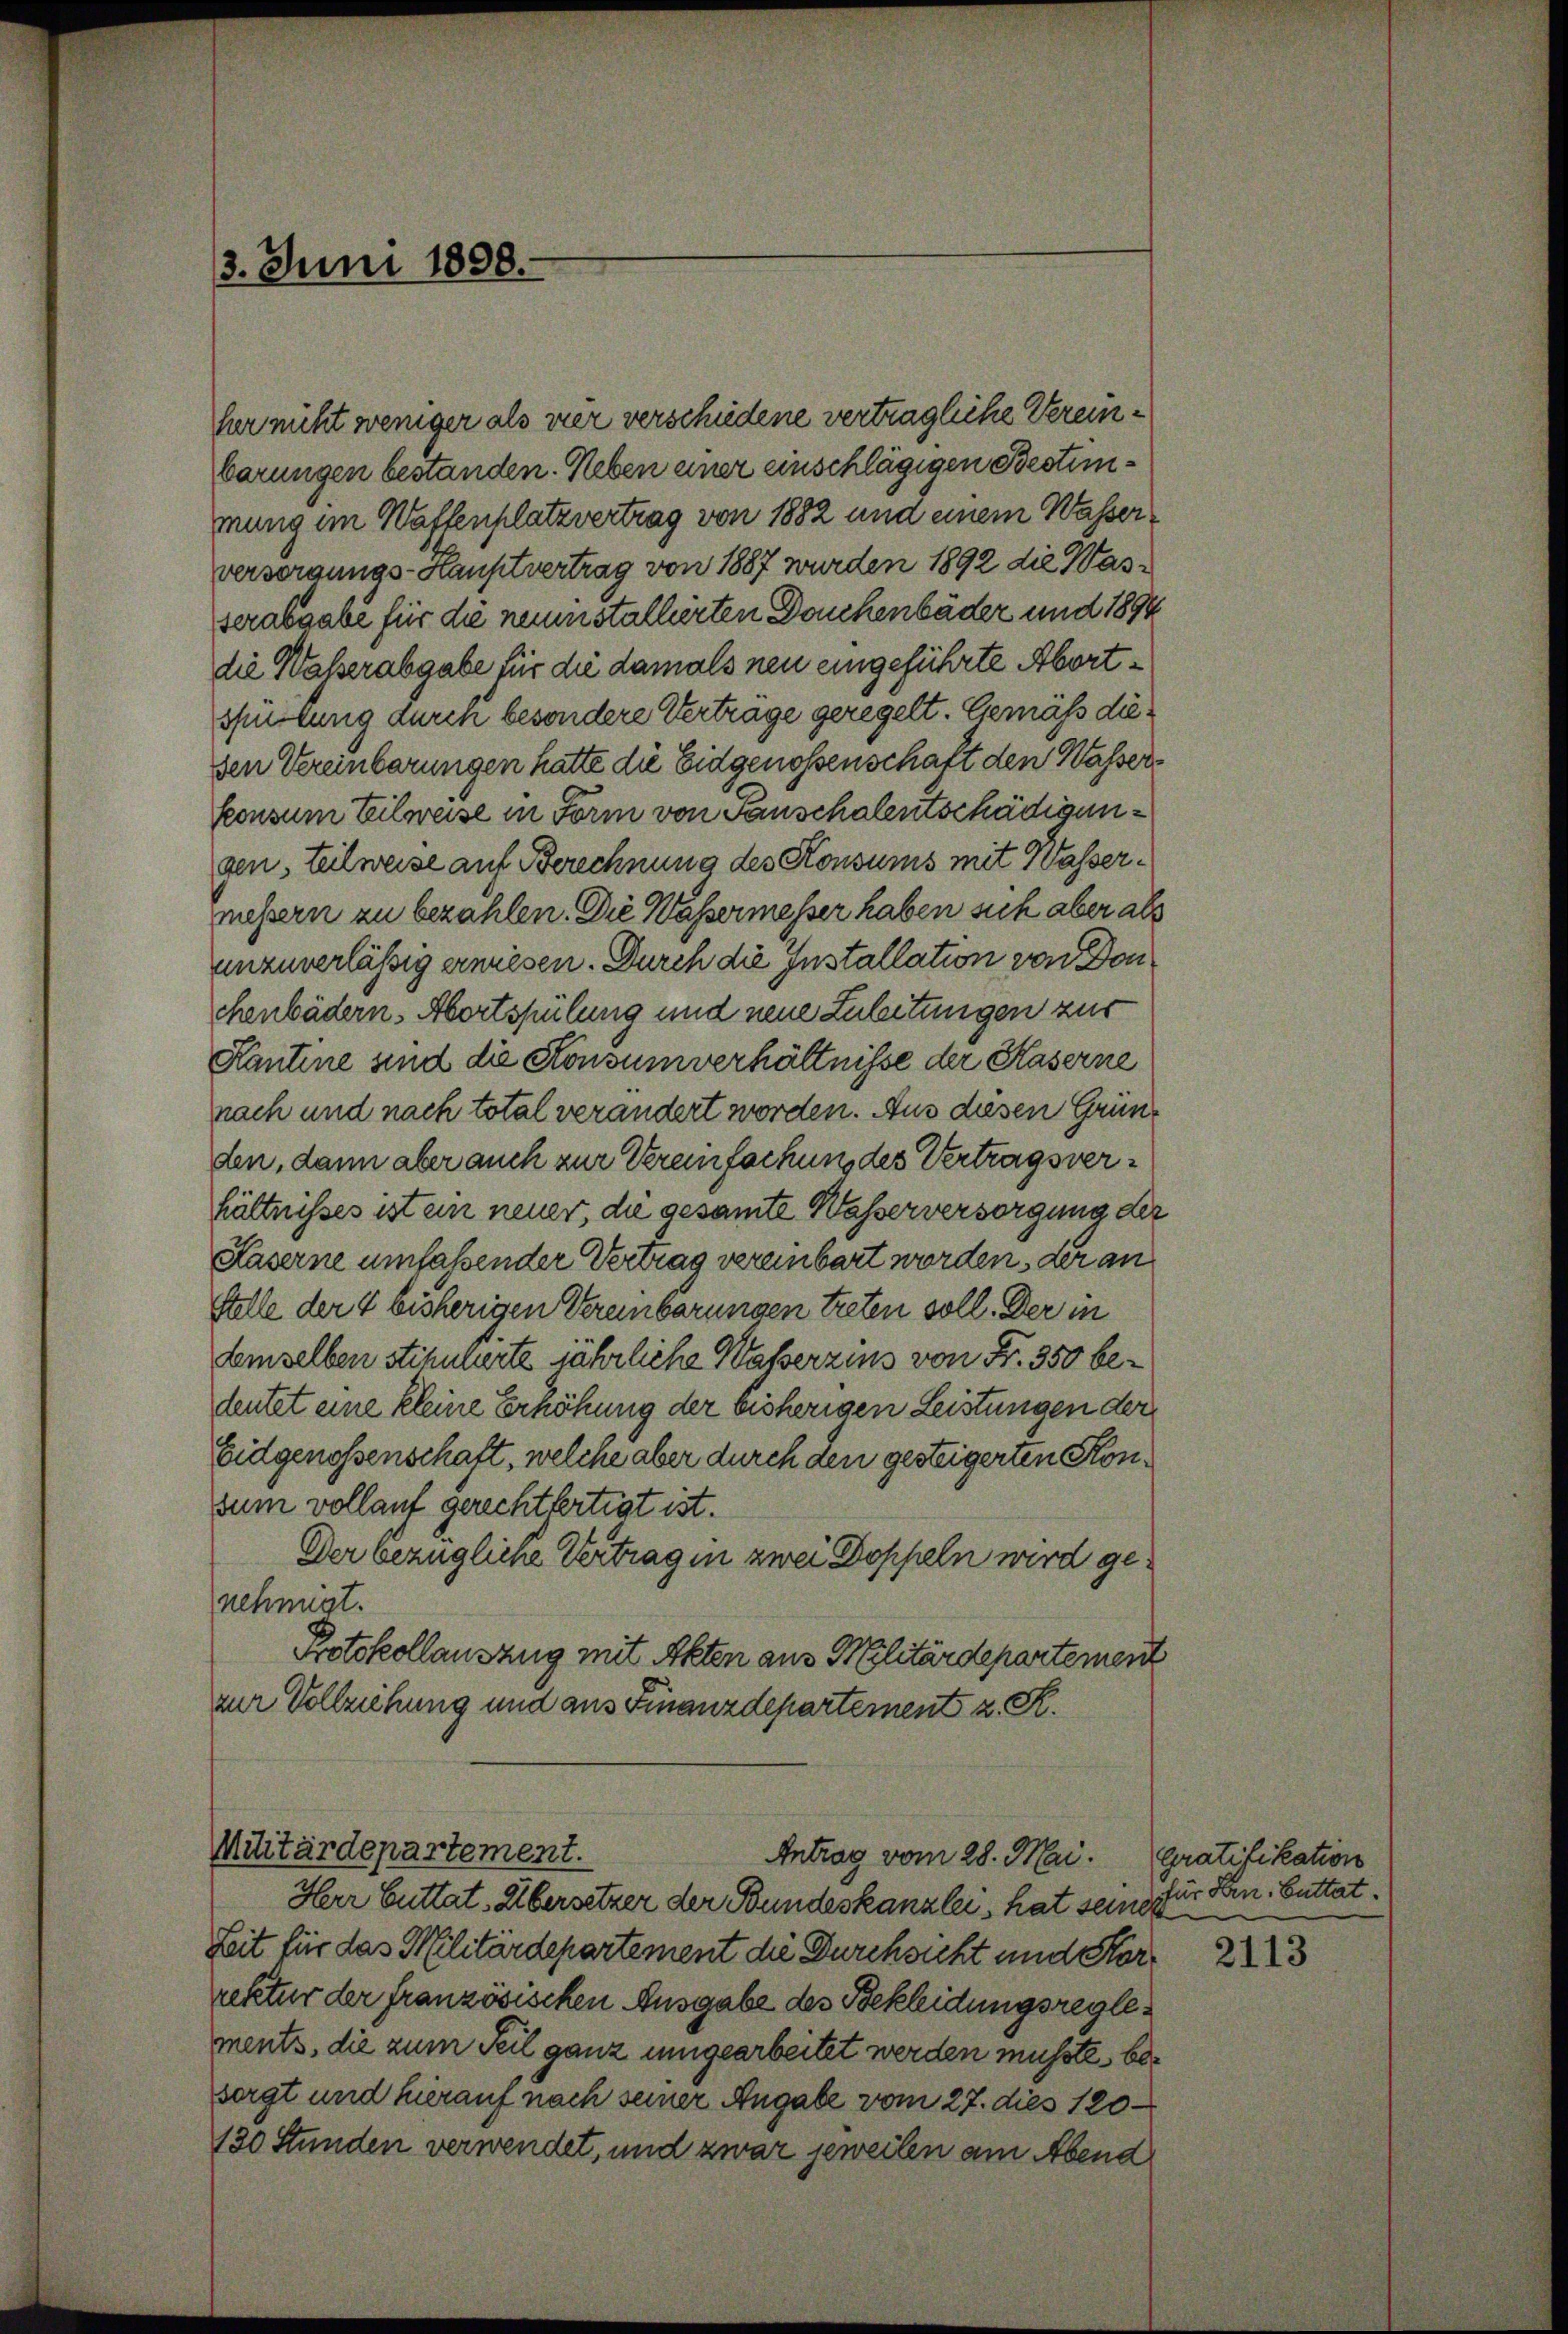
3. Juni 1898.

Heer nicht weniger als vier verschiedene verträgliche Vereinbarungen bestanden. Neben einer einschlägigen Bestimmung im Waffenplatzvertrag von 1882 und einem Wasserversorgungs-Hauptvertrag von 1887 wurden 1892 die Wasserabgabe für die neuenstallierten Douchenbäder und 1894
die Walserabgabe für die damals neu eingeführte Abortspürkung durch besondere Verträge geregelt. Gemäss diesen Vereinbarungen hatte die Eidgenossenschaft den Wasserkonsum Eilweise in Form von Panschalentschädigungen, teilweise auf Berechnung des Konsums mit Wassermessern zu bezahlen. Die Wassermesser haben sich aber als
unzuverlässig erwiesen. Durch die Installation von Donchenbädern. Abertspülung und neue Zuleitungen zur
Kantine und die Konsumverhältnisse der Kaserne
nach und nach total verändert worden. Aus diesen Gründen, dann aber auch zur Vereinfachung des Vertragsverhältnisses ist ein neuer, die gesamte Wasserversorgung der
Kaserne umfassender Vertrag vereinbart worden, der an
Stelle der 4 bisherigen Vereinbarungen treten soll. Der in
demselben stipulierte jährliche Waßerzins von Fr. 350 beleutet eine kleine Erhöhung der bisherigen Leistungen der
Eidgenossenschaft, welche aber durch den gesteigerten Konsum vollauf gerechtfertigt ist.
Der bezügliche Vertragen zwei Doppeln wird genehmigt.
Protokollauszug mit Akten aus Militärdepartement
zur Vollziehung und aus Finanzdepartement z. R.

Militärdepartement.
Antrag vom 28. Mai.

Herr Guttat. Übersetzer der Bundeskanzlei, hat seine für Hrn. Buttat.
Zeit für das Militärdepartement die Durchsicht und Störrektur der französischen Ausgabe des Bekleidungsreglements, die zum Teil ganz umgearbeitet werden müsste, besorgt und hierauf nach seiner Angabe vom 27. dies 120
130 Stunden verwendet, und zwar jeweilen am Abend

Gratifikation

2113